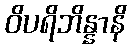
ဝိပရိဘိန္နာနိ